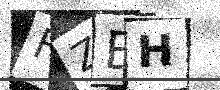
Text: FZEH